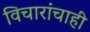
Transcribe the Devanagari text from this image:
विचारांचाही